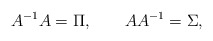
\begin{align*}A^{-1} A = \Pi, \qquad A A^{-1} = \Sigma,\end{align*}